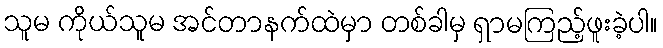
သူမ ကိုယ်သူမ အင်တာနက်ထဲမှာ တစ်ခါမှ ရှာမကြည့်ဖူးခဲ့ပါ။